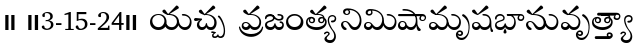
।। ॥3-15-24॥ యచ్చ వ్రజంత్యనిమిషామృషభానువృత్త్యా